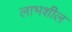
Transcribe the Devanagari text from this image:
लाभशील